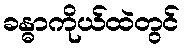
ခန္ဓာကိုယ်ထဲတွင်